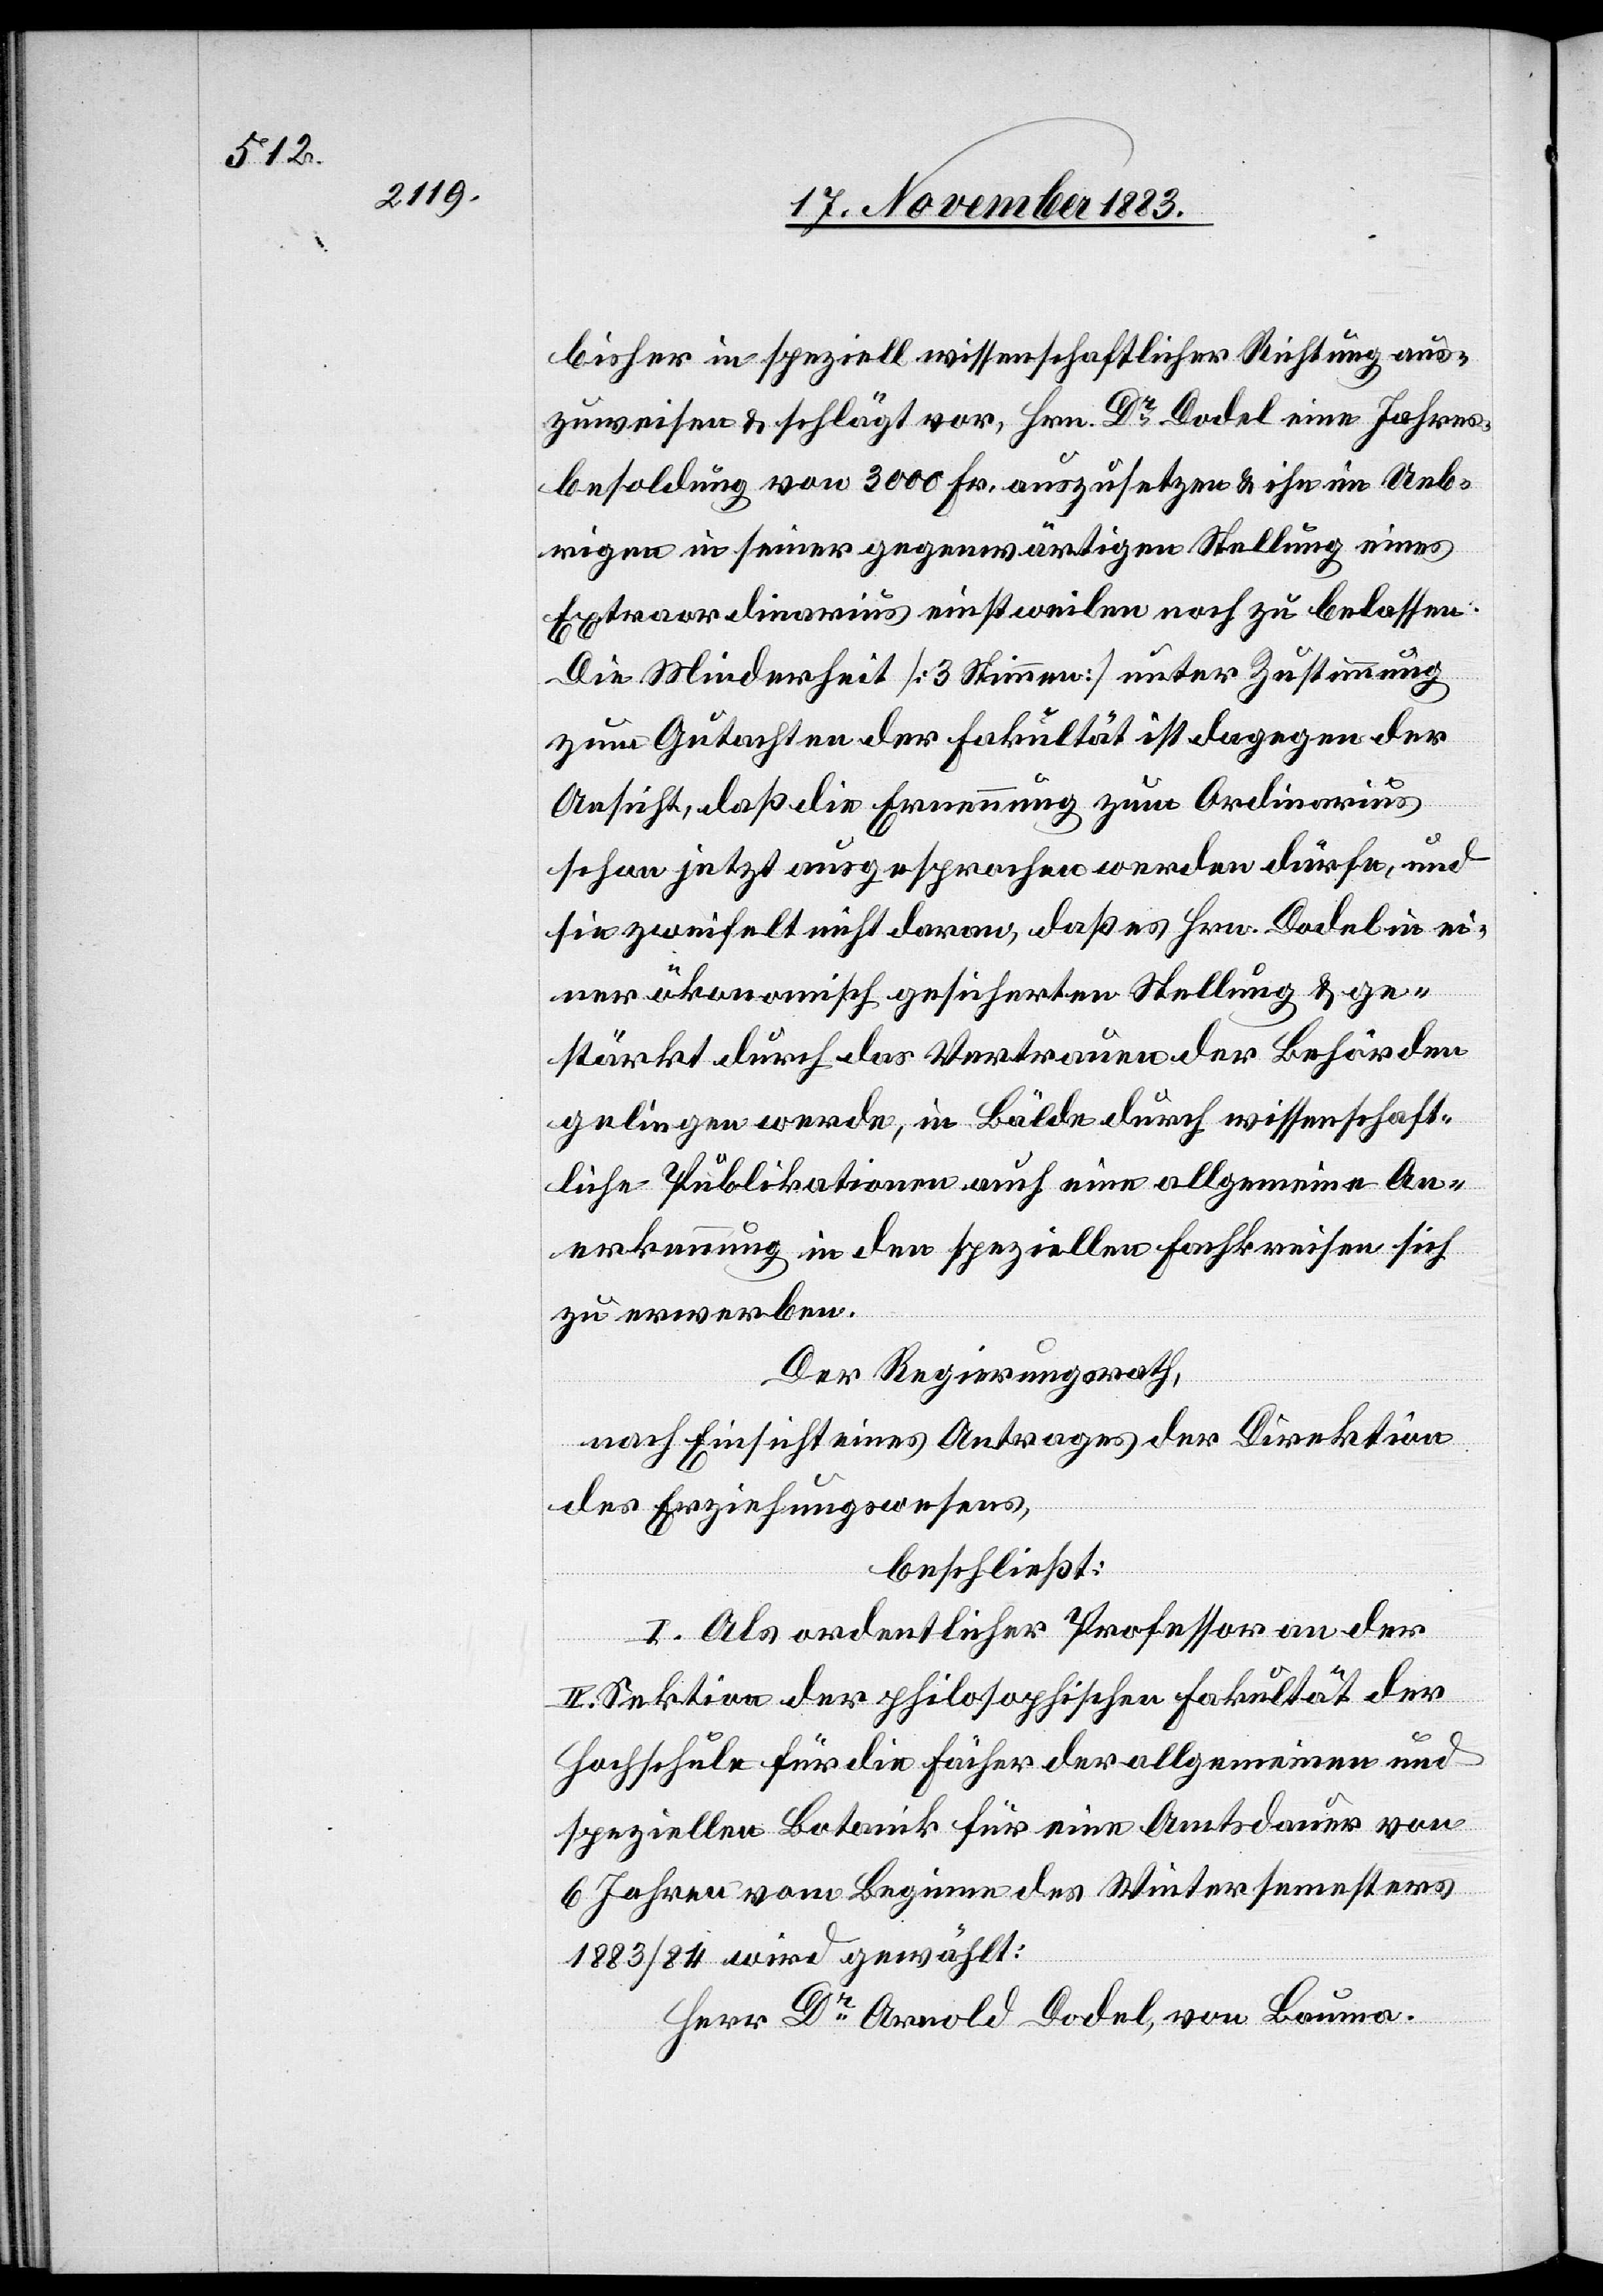
bisher in speziell wissenschaftlicher Richtung aus¬
zuweisen & schlägt vor, Hrn. Dr Dodel eine Jahres¬
besoldung von 3000 Fr. anzusetzen & ihn im Ueb¬
rigen in seiner gegenwärtigen Stellung eines
Extraordinarius einstweilen noch zu belassen:
Die Minderheit [3 Stimmen] unter Zustimmung
zum Gutachten der Fakultät ist dagegen der
Ansicht, daß die Ernennung zum Ordinarius
schon jetzt ausgesprochen werden dürfe, und
sie zweifelt nicht daran, daß es Hrn. Dodel in ei¬
ner ökonomisch gesicherten Stellung & ge¬
stärkt durch das Vertrauen der Behörden
gelingen werde, in Bälde durch wissenschaft¬
liche Publikationen auch eine allgemeine An¬
erkennung in den speziellen Fachkreisen sich
erwerben.
Der Regierungsrath,
nach Einsicht eines Antrages der Direktion
des Erziehungswesens,
beschließt:
I. Als ordentlicher Professor an der
II. Sektion der philosophischen Fakultät der
Hochschule für die Fächer der allgemeinen und
speziellen Botanik für eine Amtsdauer von
6 Jahren vom Beginn des Wintersemesters
1883/84 wird gewählt:
Herr Dr Arnold Dodel, von Bauma.